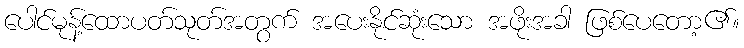
ပေါင်မုန့်ထောပတ်သုတ်အတွက် အပေးနိုင်ဆုံးသော အဖိုးအခါ ဖြစ်ပေတော့၏။